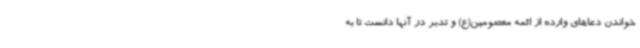
خواندن دعاهای وارده از ائمه معصومین(ع) و تدبر در آنها دانست تا به